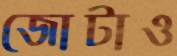
জোটাও